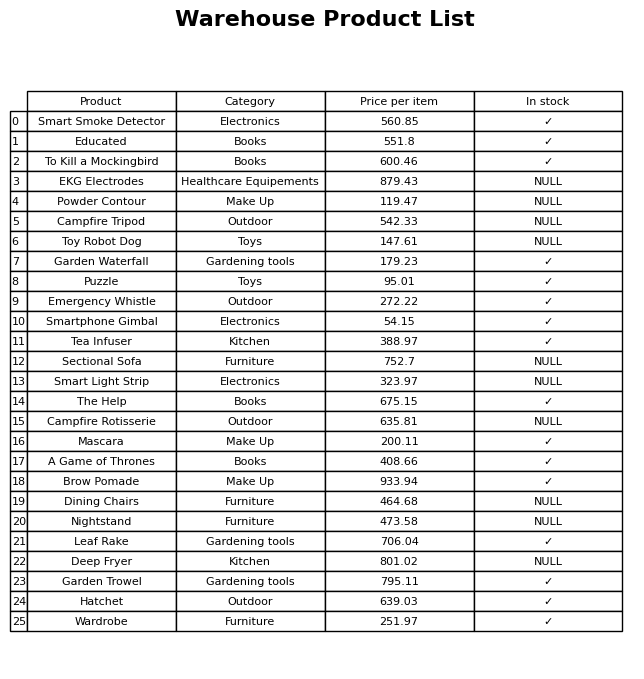
question: What is the price of the Campfire Tripod?
answer: The price of Campfire Tripod is 542.33.